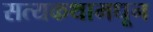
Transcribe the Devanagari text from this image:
सत्यकथामधून